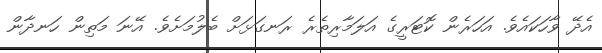
އެދޭ ވާހަކައެވެ. އަހަރެން ކޮޓަރީގެ އަލަމާރިތެރެ ރަނގަޅަށް ބެލުމަށެވެ. އޭނަ މަތިން ހަނދާން